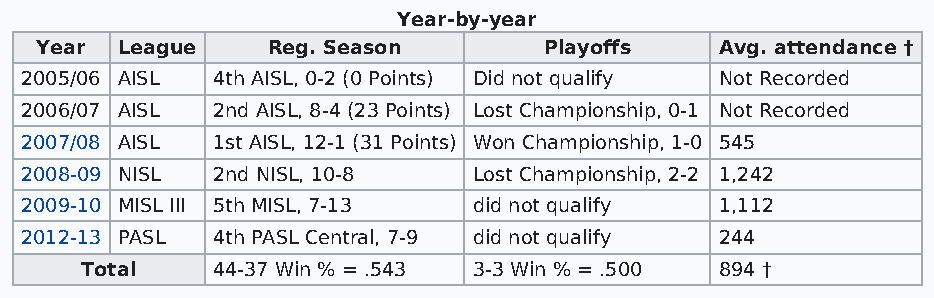
Year-by-year
 Year  League    Reg. Season       Playoffs    Avg. attendance †
 2005/06 AISL 4th AISL, 0-2 (0 Points) Did not qualify Not Recorded
 2006/07 AISL 2nd AISL, 8-4 (23 Points) Lost Championship, 0-1 Not Recorded
 2007/08 AISL 1st AISL, 12-1 (31 Points) Won Championship, 1-0 545
 2008-09 NISL 2nd NISL, 10-8   Lost Championship, 2-2 1,242
 2009-10 MISL III 5th MISL, 7-13 did not qualify 1,112
 2012-13 PASL 4th PASL Central, 7-9 did not qualify 244
 Total    44-37 Win % = .543 3-3 Win % = .500 894 †